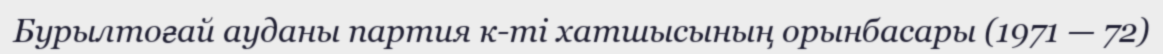
Бурылтоғай ауданы партия к-ті хатшысының орынбасары (1971 — 72)